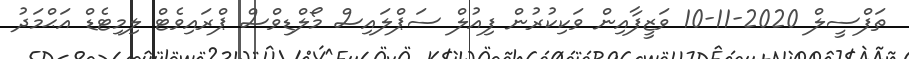
ތަފްސީލް 2020-11-10 ވަޒީފާއިން ވަކިކުރުން ފިއުލް ސަޕްލައިސް މޯލްޑިވްސް ޕްރައިވެޓް ލިމިޓެޑް އަޙްމަދު